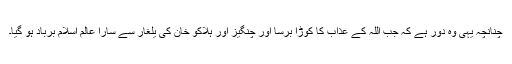
چنانچہ یہی وہ دور ہے کہ جب اللہ کے عذاب کا کوڑا برسا اور چنگیز اور ہلاکو خان کی یلغار سے سارا عالم اسلام برباد ہو گیا۔